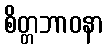
စိတ္တဘာဝနာ